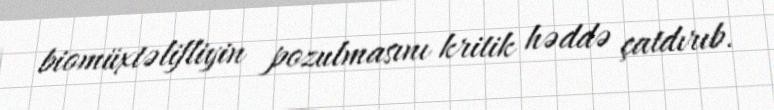
biomüxtəlifliyin pozulmasını kritik həddə çatdırıb.